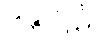
ဒန္တကူဋံ